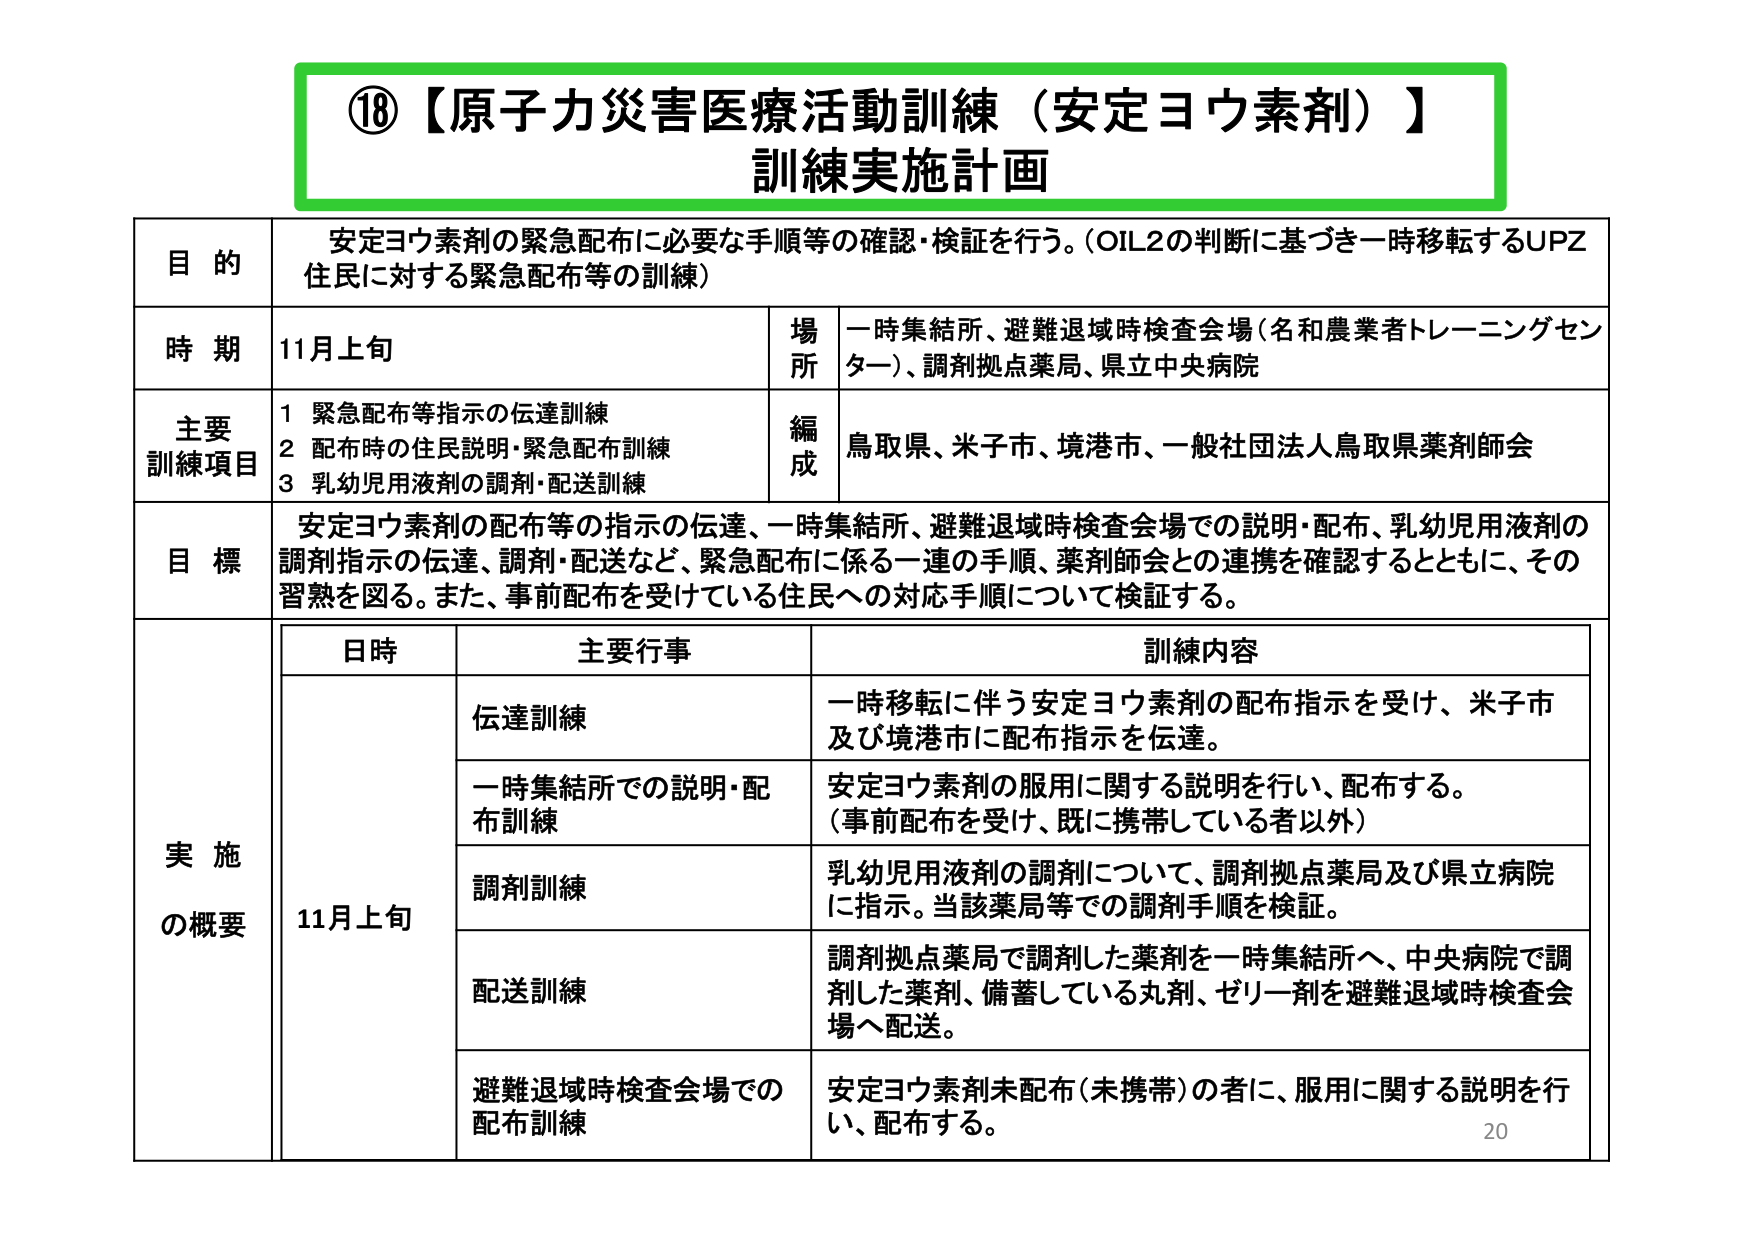
⑱【原子力災害医療活動訓練（安定ヨウ素剤）】
訓練実施計画

目的
安定ヨウ素剤の緊急配布に必要な手順等の確認・検証を行う。（OIL2の判断に基づき一時移転するUPZ住民に対する緊急配布等の訓練）

時期
11月上旬
場所
一時集結所、避難退域時検査会場（名和農業者トレーニングセンター）、調剤拠点薬局、県立中央病院

主要訓練項目
1 緊急配布等指示の伝達訓練
2 配布時の住民説明・緊急配布訓練
3 乳幼児用液剤の調剤・配送訓練
編成
鳥取県、米子市、境港市、一般社団法人鳥取県薬剤師会

目標
安定ヨウ素剤の配布等の指示の伝達、一時集結所、避難退域時検査会場での説明・配布、乳幼児用液剤の調剤指示の伝達、調剤・配送など、緊急配布に係る一連の手順、薬剤師会との連携を確認するとともに、その習熟を図る。また、事前配布を受けている住民への対応手順について検証する。

実施の概要
日時
11月上旬
主要行事
伝達訓練
訓練内容
一時移転に伴う安定ヨウ素剤の配布指示を受け、米子市及び境港市に配布指示を伝達。

一時集結所での説明・配布訓練
安定ヨウ素剤の服用に関する説明を行い、配布する。
（事前配布を受け、既に携帯している者以外）

調剤訓練
乳幼児用液剤の調剤について、調剤拠点薬局及び県立病院に指示。当該薬局等での調剤手順を検証。

配送訓練
調剤拠点薬局で調剤した薬剤を一時集結所へ、中央病院で調剤した薬剤、備蓄している丸剤、ゼリー剤を避難退域時検査会場へ配送。

避難退域時検査会場での配布訓練
安定ヨウ素剤未配布（未携帯）の者に、服用に関する説明を行い、配布する。

20